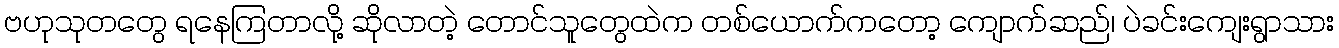
ဗဟုသုတတွေ ရနေကြတာလို့ ဆိုလာတဲ့ တောင်သူတွေထဲက တစ်ယောက်ကတော့ ကျောက်ဆည်၊ ပဲခင်းကျေးရွာသား